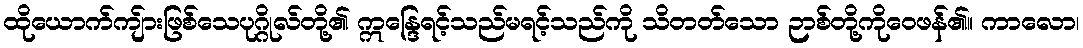
ထိုယောက်ကျ်ားဖြစ်သေပုဂ္ဂိုလ်တို့၏ ဣန္ဒြေရင့်သည်မရင့်သည်ကို သိတတ်သော ဉာစ်တို့ကိုဝေဖန်၏။ ကာလော၊